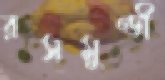
রসমুণ্ডী